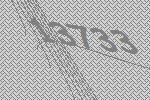
13733